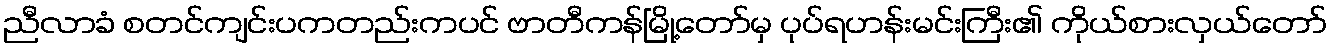
ညီလာခံ စတင်ကျင်းပကတည်းကပင် ဗာတီကန်မြို့တော်မှ ပုပ်ရဟန်းမင်းကြီး၏ ကိုယ်စားလှယ်တော်